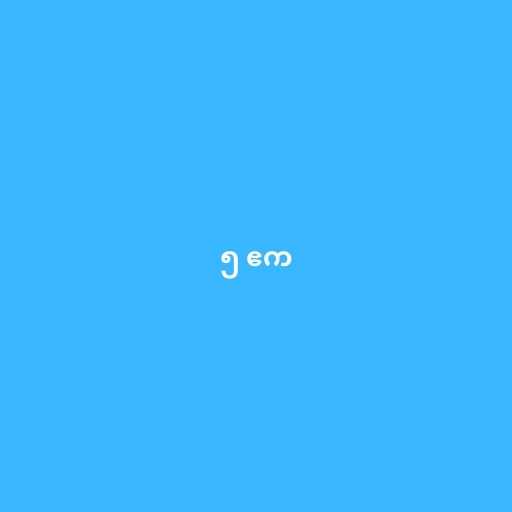
၅ ဧက